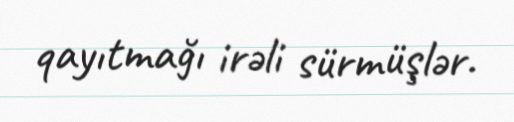
qayıtmağı irəli sürmüşlər.